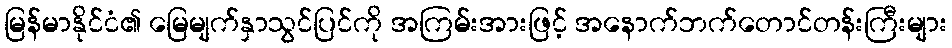
မြန်မာနိုင်ငံ၏ မြေမျက်နှာသွင်ပြင်ကို အကြမ်းအားဖြင့် အနောက်ဘက်တောင်တန်းကြီးများ